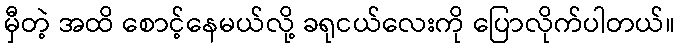
မှီတဲ့ အထိ စောင့်နေမယ်လို့ ခရုငယ်လေးကို ပြောလိုက်ပါတယ်။